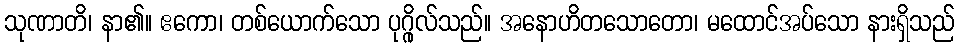
သုဏာတိ၊ နာ၏။ ဧကော၊ တစ်ယောက်သော ပုဂ္ဂိုလ်သည်။ အနောဟိတသောတော၊ မထောင်အပ်သော နားရှိသည်